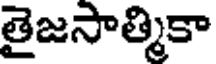
తైజసాత్మికా